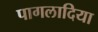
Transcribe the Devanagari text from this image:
पागलादिया